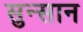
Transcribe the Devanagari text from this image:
सुन्सान